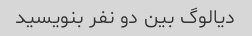
دیالوگ بین دو نفر بنویسید